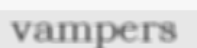
vampers